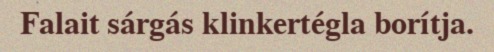
Falait sárgás klinkertégla borítja.